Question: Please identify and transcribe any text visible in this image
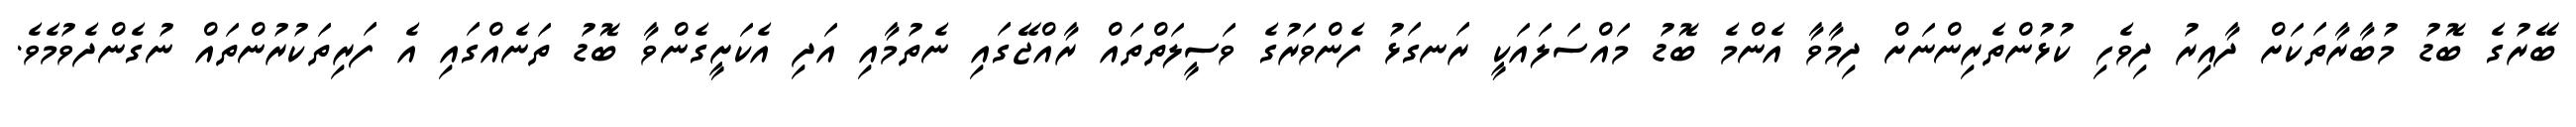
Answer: ބޭރުގެ ބޮޑު މުބާރާތަކަށް ދާއިރު ދިވެހި ކުޅުންތެރިންނަށް ދިމާވާ އެންމެ ބޮޑު މައްސަލައަކީ ރަނގަޅު ފެންވަރުގެ ވަސީލަތްތައް ރާއްޖޭގައި ނެތުމާއި އަދި އެކަށީގެންވާ ބޮޑު ތަނެއްގައި އެ ފަރިތަކުރުންތައް ނުގެންދެވުމެވެ.